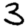
Digit: 3